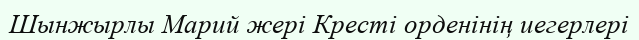
Шынжырлы Марий жері Кресті орденінің иегерлері